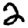
Digit: 2